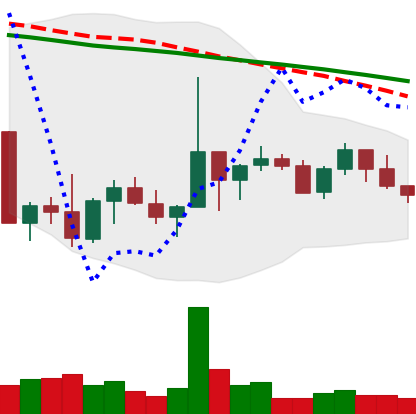
Ticker: NEO-USD
Chart end date: 2022-10-07
Forward return: -5.495%
Label: down_5_7